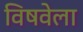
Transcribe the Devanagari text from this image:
विषवेला